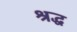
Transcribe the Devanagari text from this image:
श्रद्ध